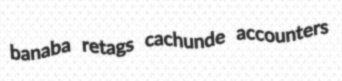
banaba retags cachunde accounters